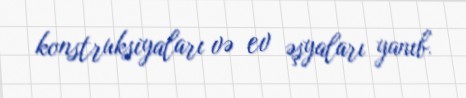
konstruksiyaları və ev əşyaları yanıb.